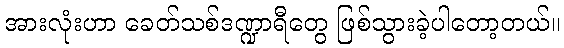
အားလုံးဟာ ခေတ်သစ်ဒဏ္ဍာရီတွေ ဖြစ်သွားခဲ့ပါတော့တယ်။